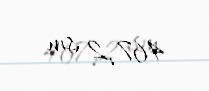
467,2 sm